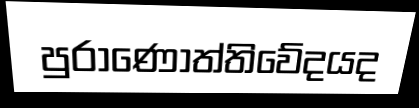
පුරාණොත්තිවේදයද